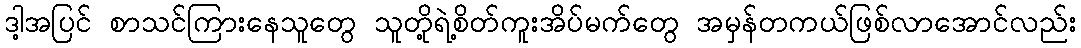
ဒါ့အပြင် စာသင်ကြားနေသူတွေ သူတို့ရဲ့စိတ်ကူးအိပ်မက်တွေ အမှန်တကယ်ဖြစ်လာအောင်လည်း